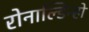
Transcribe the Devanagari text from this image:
रोनाल्डिन्हो